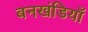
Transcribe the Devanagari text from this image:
बनखंडियाँ